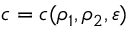
c = c ( \rho _ { 1 } , \rho _ { 2 } , \varepsilon )